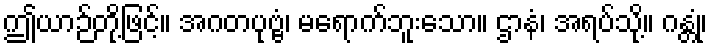
ဤယာဉ်တို့ဖြင့်။ အဂတပုဗ္ဗံ၊ မရောက်ဘူးသော။ ဌာနံ၊ အရပ်သို့။ ဂန္တုံ၊